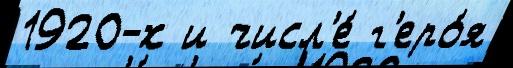
1920-х и числ'е́ г'еро́я